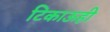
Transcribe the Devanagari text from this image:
टिकाऊही